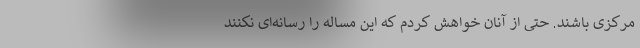
مرکزی باشند. حتی از آنان خواهش کردم که این مساله را رسانه‌ای نکنند